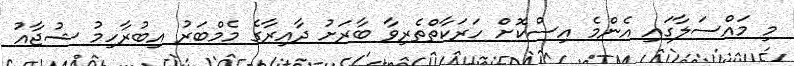
މި މައްސަލާގައި އެންމެ އިސްކޮށް ހަރަކާތްތެރިވާ ބާރަށު ދާއިރާގެ މެމްބަރު އިބުރާހިމު ޝުޖާއު